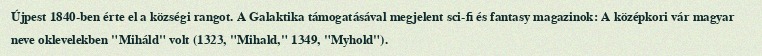
Újpest 1840-ben érte el a községi rangot. A Galaktika támogatásával megjelent sci-fi és fantasy magazinok: A középkori vár magyar neve oklevelekben "Miháld" volt (1323, "Mihald," 1349, "Myhold").